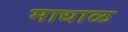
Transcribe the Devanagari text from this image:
माधाळ